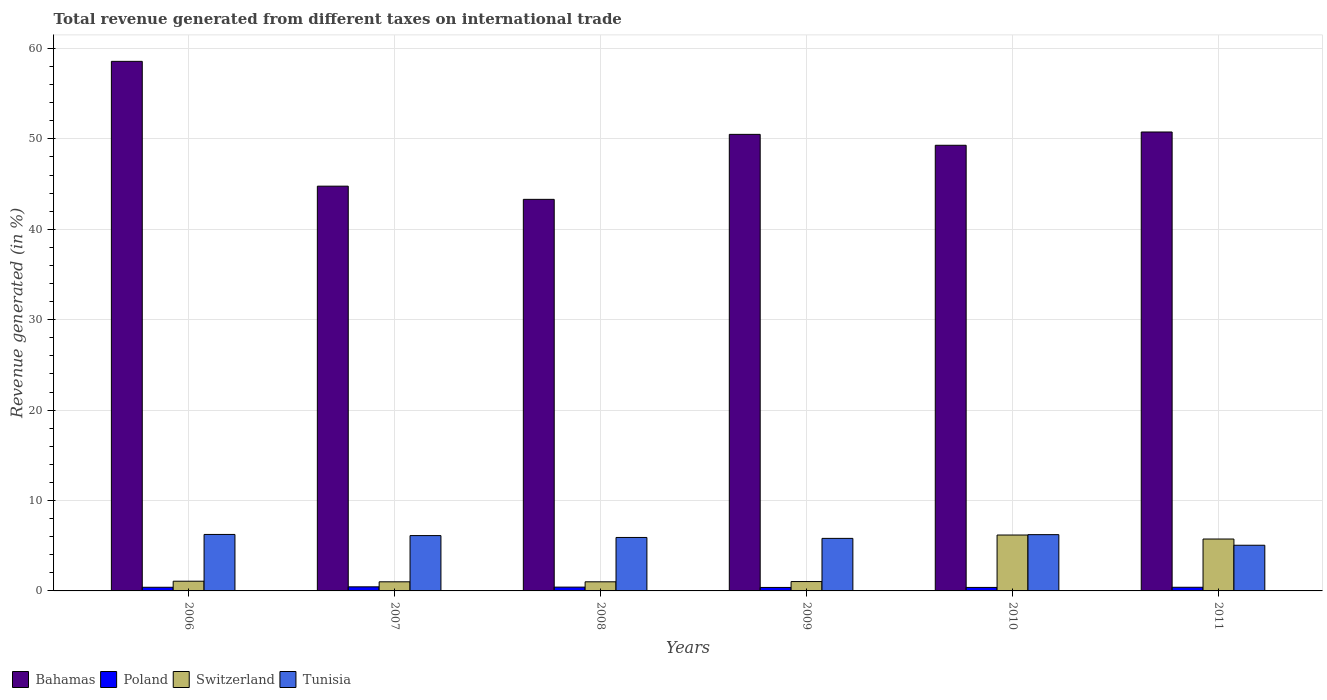
| Years | Bahamas | Poland | Switzerland | Tunisia |
 | --- | --- | --- | --- | --- |
 | 2006 | 58.6 | 0.403 | 1.07 | 6.25 |
 | 2007 | 44.8 | 0.452 | 1.01 | 6.12 |
 | 2008 | 43.3 | 0.421 | 1.01 | 5.91 |
 | 2009 | 50.5 | 0.385 | 1.04 | 5.81 |
 | 2010 | 49.3 | 0.386 | 6.18 | 6.23 |
 | 2011 | 50.8 | 0.403 | 5.74 | 5.05 |